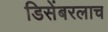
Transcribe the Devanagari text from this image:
डिसेंबरलाच